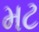
મટ